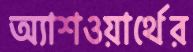
অ্যাশওয়ার্থের